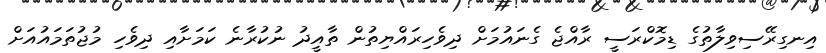
އިނގިރޭސިވިލާތުގެ ޑިމޮކްރަސީ ރާއްޖެ ގެނައުމަށް ދިވެހިރައްޔިތުން ތާއީދު ނުކުރާނެ ކަމަށާއި ދިވެހި މުޖުތަމައުއަށް